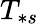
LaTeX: T_{\ast s}